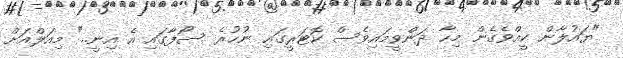
"ޔައުލާން ކީއްވެގެން މިހާ ދަންވީމައިވެސް ކޮޓަރީގައި ނުހުރެ ސޯފާގައި އެ އިނީ.." މިއަލްއަށް